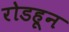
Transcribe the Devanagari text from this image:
रोडहून